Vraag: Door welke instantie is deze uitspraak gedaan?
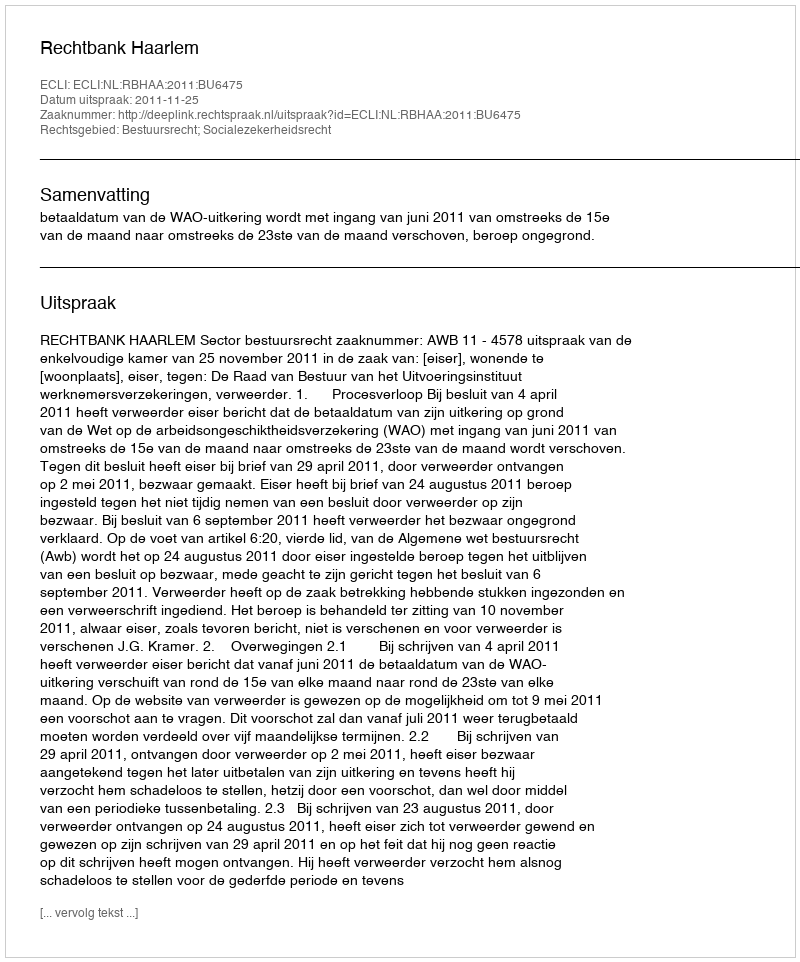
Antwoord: Rechtbank Haarlem